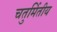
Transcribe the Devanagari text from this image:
चतुर्मितीय